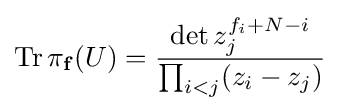
\operatorname {Tr} \pi _{\mathbf {f} }(U)={\det z_{j}^{f_{i}+N-i} \over \prod _{i<j}(z_{i}-z_{j})}